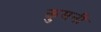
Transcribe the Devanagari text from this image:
कुमनी